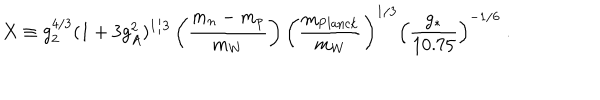
X \equiv g _ { 2 } ^ { 4 / 3 } ( 1 + 3 g _ { A } ^ { 2 } ) ^ { 1 / 3 } \left( { \frac { m _ { n } - m _ { p } } { m _ { W } } } \right) \left( { \frac { m _ { \mathrm { P l a n c k } } } { m _ { W } } } \right) ^ { 1 / 3 } \left( { \frac { g _ { * } } { 1 0 . 7 5 } } \right) ^ { - 1 / 6 } \ .